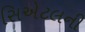
સિએટલની